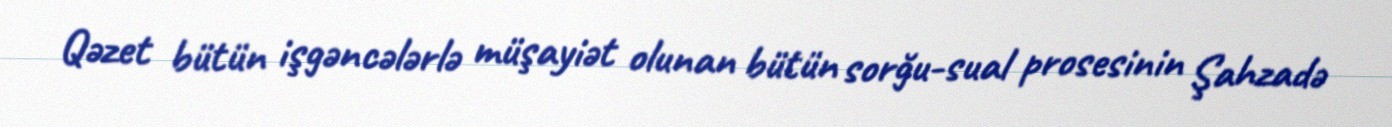
Qəzet bütün işgəncələrlə müşayiət olunan bütün sorğu-sual prosesinin Şahzadə